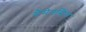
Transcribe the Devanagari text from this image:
मैमेनसिंग